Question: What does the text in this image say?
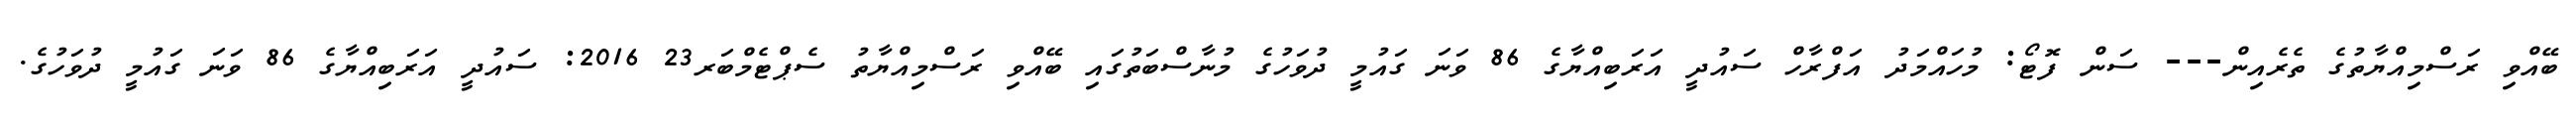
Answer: ބޭއްވި ރަސްމިއްޔާތުގެ ތެރެއިން--- ސަން ފޮޓޯ: މުހައްމަދު އަފްރާހް ސައުދީ އަރަބިއްޔާގެ 86 ވަނަ ގައުމީ ދުވަހުގެ މުނާސްބަތުގައި ބޭއްވި ރަސްމިއްޔާތު ސެޕްޓެމްބަރ23 2016: ސައުދީ އަރަބިއްޔާގެ 86 ވަނަ ގައުމީ ދުވަހުގެ.